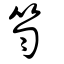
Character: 笉